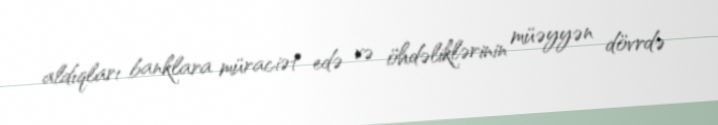
aldıqları banklara müraciət edə və öhdəliklərinin müəyyən dövrdə